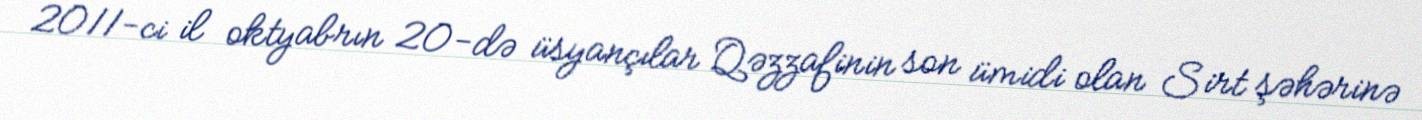
2011-ci il oktyabrın 20-də üsyançılar Qəzzafinin son ümidi olan Sirt şəhərinə